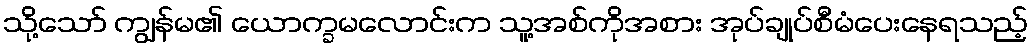
သို့သော် ကျွန်မ၏ ယောက္ခမလောင်းက သူ့အစ်ကိုအစား အုပ်ချုပ်စီမံပေးနေရသည့်